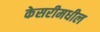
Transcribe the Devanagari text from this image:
केसरीमधील